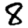
Digit: 8